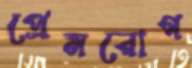
প্রেমরোগ